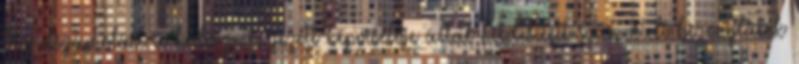
Az elszámolást a kedvezményezett képviselője által hitelesített számviteli bizonylatok